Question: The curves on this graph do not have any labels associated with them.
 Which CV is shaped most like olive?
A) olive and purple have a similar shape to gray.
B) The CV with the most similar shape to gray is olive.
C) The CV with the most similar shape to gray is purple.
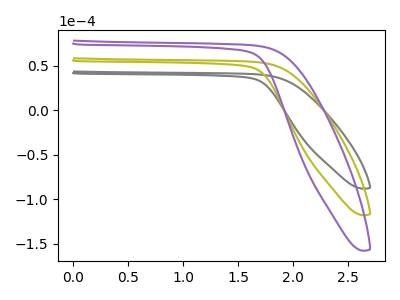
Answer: <think>The gray curve "gray" has no peaks. The olive curve "olive" has no peaks. The purple curve "purple" has no peaks.
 Neither "gray" or "olive" have any peaks. Neither "gray" or "purple" have any peaks. Neither "olive" or "purple" have any peaks.</think>
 <answer>A) "olive" and "purple" have a similar shape to "gray".</answer>
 <eval>A</eval>